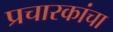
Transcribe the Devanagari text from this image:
प्रचारकांचा